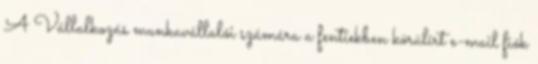
A Vállalkozás munkavállalói számára a fentiekben körülírt e-mail fiók